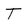
Character: T